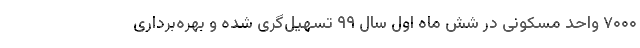
۷۰۰۰ واحد مسکونی در شش ماه اول سال ۹۹ تسهیل‌گری شده و بهره‌برداری